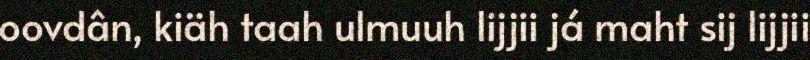
oovdân, kiäh taah ulmuuh lijjii já maht sij lijjii